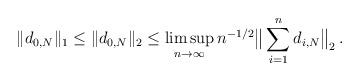
LaTeX: \begin{align*} \Vert d_{0,N } \Vert_1 \leq \Vert d_{0,N } \Vert_2 \leq \limsup_{n \rightarrow \infty } n^{-1/2} \big \Vert \sum_{i=1}^n d_{i,N} \big \Vert_2 \, .\end{align*}